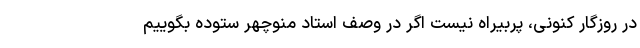
در روزگار کنونی، پُربیراه نیست اگر در وصف استاد منوچهر ستوده بگوییم